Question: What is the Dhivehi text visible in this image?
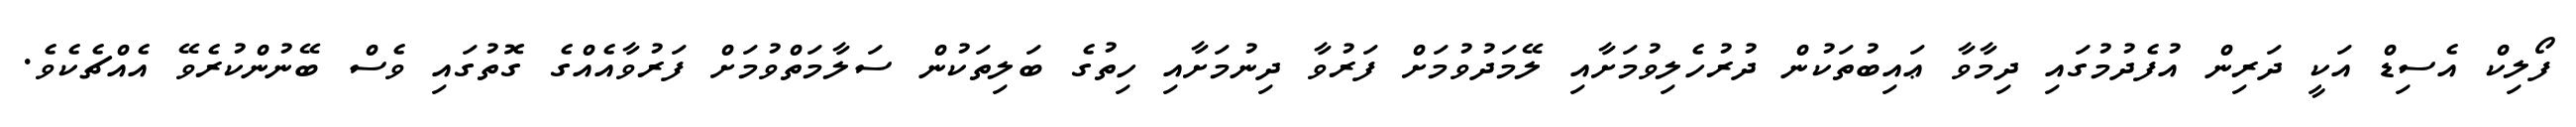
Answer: ފޯލިކް އެސިޑް އަކީ ދަރިން އުފެދުމުގައި ދިމާވާ ޢައިބުތަކުން ދުރުހެލިވުމަށާއި ލޭމަދުވުމަށް ފަރުވާ ދިނުމަށާއި ހިތުގެ ބަލިތަކުން ސަލާމަތްވުމަށް ފަރުވާއެއްގެ ގޮތުގައި ވެސް ބޭނުންކުރެވޭ އެއްޗެކެވެ.